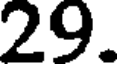
29.